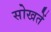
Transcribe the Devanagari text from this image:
सोखतें